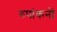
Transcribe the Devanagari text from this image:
रुपांकनों